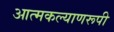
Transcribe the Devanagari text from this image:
आत्मकल्याणरूपी